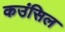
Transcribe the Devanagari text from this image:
कउंसिल